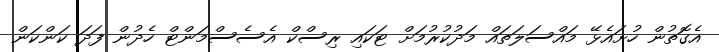
އެގޮތުން ހުށައެޅޭ މައްސަލަތައް މަދުކުރުމަށް ޓަކައި ރިސްކް އެސެސްމަންޓް ހެދުން ފަދަ ކަންކަން